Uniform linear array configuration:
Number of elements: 32
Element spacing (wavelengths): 0.5
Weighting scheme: uniform
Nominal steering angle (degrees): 15
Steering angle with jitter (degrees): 13.509
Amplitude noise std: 0.05
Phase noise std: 0.05

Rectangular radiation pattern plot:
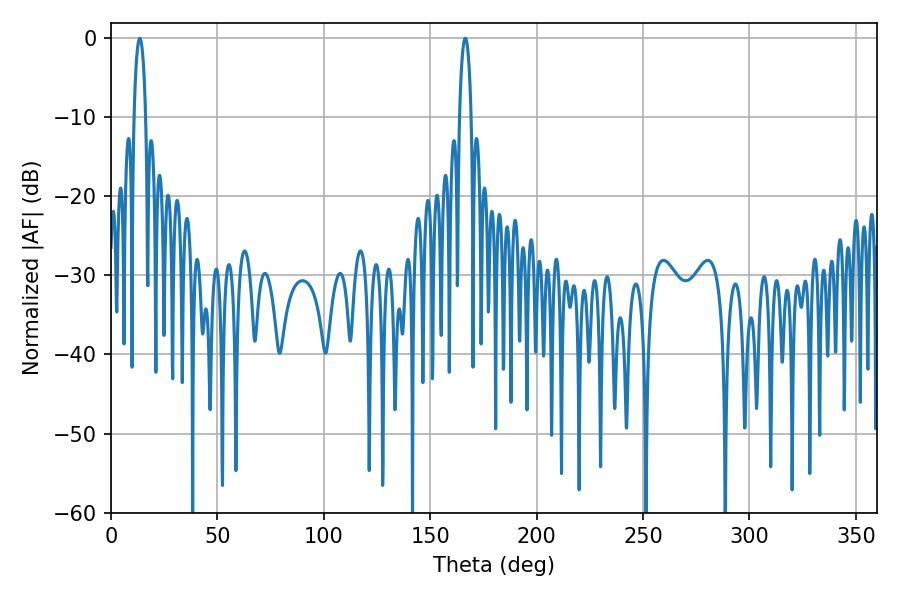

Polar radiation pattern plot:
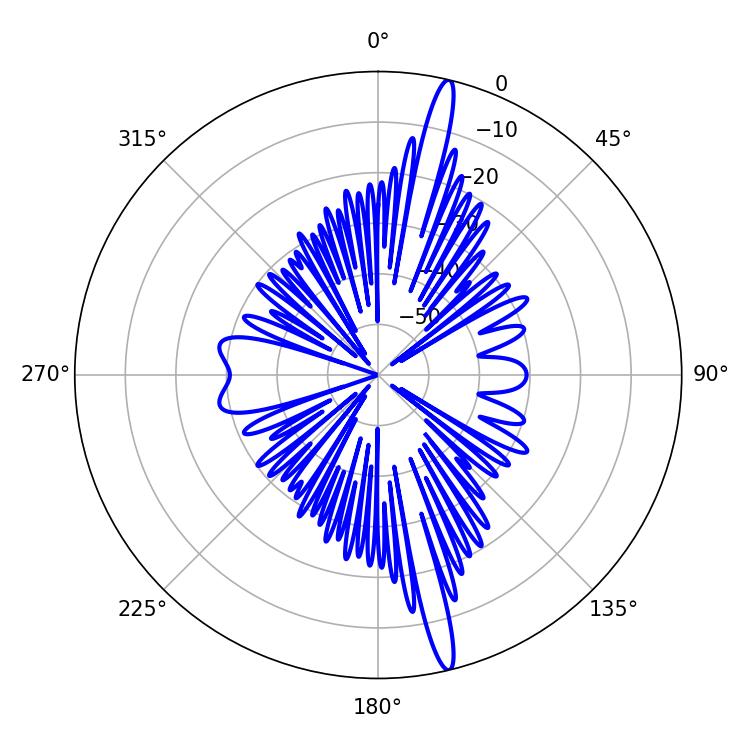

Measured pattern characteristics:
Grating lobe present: FALSE
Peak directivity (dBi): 18.266
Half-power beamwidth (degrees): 3.06
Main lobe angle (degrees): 13.5